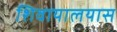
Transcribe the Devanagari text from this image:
शिवायालयास